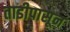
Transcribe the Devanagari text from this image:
ताडीपासून